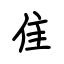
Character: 隹